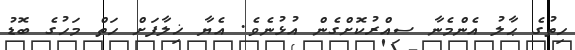
ހިތުގެ ޙާލު އެންމެނާ ސިއްރުކޮށްގެން އުޅުނެވެ. އެޔާ ޚިލާފަށް ހަތް މަހުގެ ބޮޑު